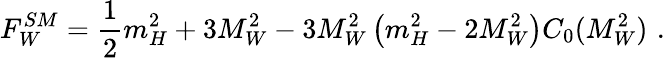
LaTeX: F_{W}^{SM}=\frac{1}{2}m_{H}^{2}+3M_{W}^{2}-3M_{W}^{2}\left(m_{H}^{2}-2M_{W}^{2}\right)C_{0}(M_{W}^{2})\, \, .